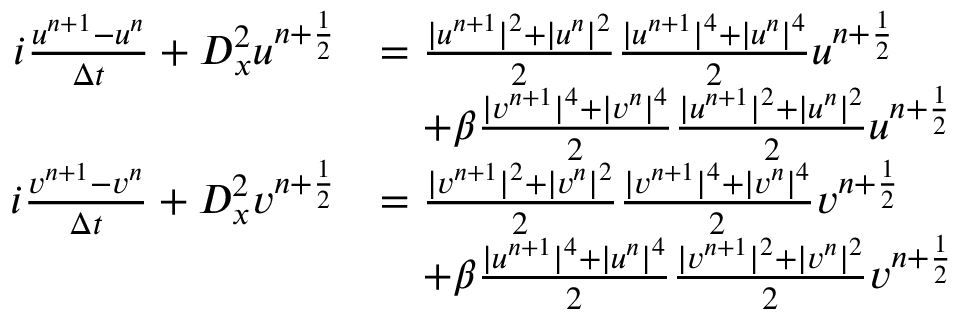
\begin{array} { r l } { i \frac { u ^ { n + 1 } - u ^ { n } } { \Delta t } + \boldsymbol { D } _ { x } ^ { 2 } u ^ { n + \frac { 1 } { 2 } } } & { = \frac { | u ^ { n + 1 } | ^ { 2 } + | u ^ { n } | ^ { 2 } } { 2 } \frac { | u ^ { n + 1 } | ^ { 4 } + | u ^ { n } | ^ { 4 } } { 2 } u ^ { n + \frac { 1 } { 2 } } } \\ & { \quad + \beta \frac { | v ^ { n + 1 } | ^ { 4 } + | v ^ { n } | ^ { 4 } } { 2 } \frac { | u ^ { n + 1 } | ^ { 2 } + | u ^ { n } | ^ { 2 } } { 2 } u ^ { n + \frac { 1 } { 2 } } } \\ { i \frac { v ^ { n + 1 } - v ^ { n } } { \Delta t } + \boldsymbol { D } _ { x } ^ { 2 } v ^ { n + \frac { 1 } { 2 } } } & { = \frac { | v ^ { n + 1 } | ^ { 2 } + | v ^ { n } | ^ { 2 } } { 2 } \frac { | v ^ { n + 1 } | ^ { 4 } + | v ^ { n } | ^ { 4 } } { 2 } v ^ { n + \frac { 1 } { 2 } } } \\ & { \quad + \beta \frac { | u ^ { n + 1 } | ^ { 4 } + | u ^ { n } | ^ { 4 } } { 2 } \frac { | v ^ { n + 1 } | ^ { 2 } + | v ^ { n } | ^ { 2 } } { 2 } v ^ { n + \frac { 1 } { 2 } } } \end{array}